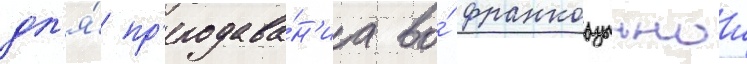
дл'я́ пр'еподава́н'иа во́ франкоазычнои